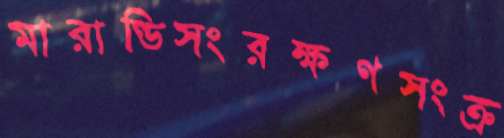
মারাণ্ডিসংরক্ষণসংক্র